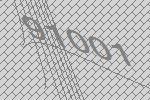
91001